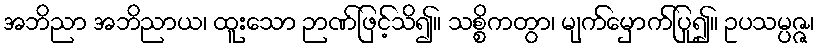
အဘိညာ အဘိညာယ၊ ထူးသော ဉာဏ်ဖြင့်သိ၍။ သစ္စိကတွာ၊ မျက်မှောက်ပြု၍။ ဥပသမ္ပဇ္ဇ၊